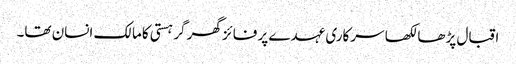
اقبال پڑھا لکھا سرکاری عہدے پر فائز گھر گر ہستی کامالک انسان تھا۔